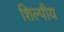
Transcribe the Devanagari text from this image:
शिल्पीय